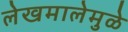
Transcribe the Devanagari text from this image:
लेखमालेमुळे